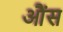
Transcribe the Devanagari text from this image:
आैंस